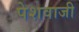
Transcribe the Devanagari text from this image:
पेशवाजी